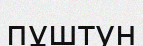
пұштун